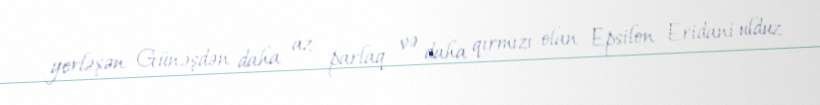
yerləşən Günəşdən daha az parlaq və daha qırmızı olan Epsilon Eridani ulduz